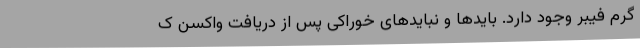
گرم فیبر وجود دارد. بایدها و نبایدهای خوراکی پس از دریافت واکسن ک